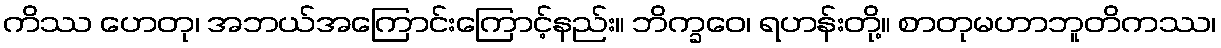
ကိဿ ဟေတု၊ အဘယ်အကြောင်းကြောင့်နည်း။ ဘိက္ခဝေ၊ ရဟန်းတို့။ စာတုမဟာဘူတိကဿ၊